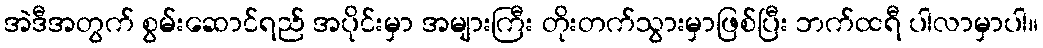
အဲဒီအတွက် စွမ်းဆောင်ရည် အပိုင်းမှာ အများကြီး တိုးတက်သွားမှာဖြစ်ပြီး ဘက်ထရီ ပါလာမှာပါ။